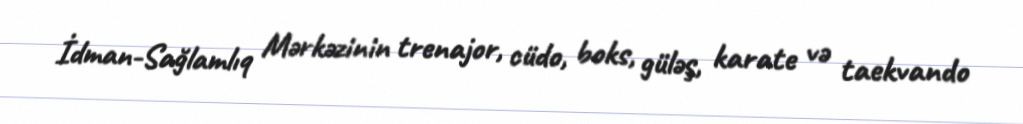
İdman-Sağlamlıq Mərkəzinin trenajor, cüdo, boks, güləş, karate və taekvando